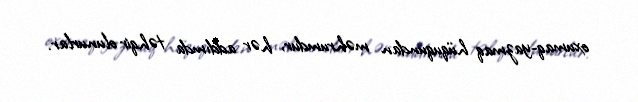
oxumaq-yazmaq hüququndan məhrumdur, hər addımda təhqir olunurlar.